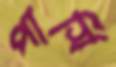
পার্সি